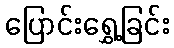
ပြောင်းရွှေ့ခြင်း